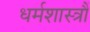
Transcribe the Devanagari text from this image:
धर्मशास्त्रौं